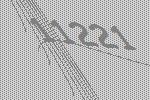
11221